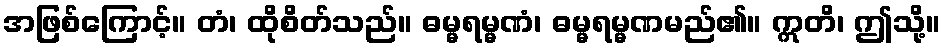
အဖြစ်ကြောင့်။ တံ၊ ထိုစိတ်သည်။ ဓမ္မရမ္မဏံ၊ ဓမ္မရမ္မဏမည်၏။ ဣတိ၊ ဤသို့။